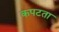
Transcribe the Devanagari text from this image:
कपटता